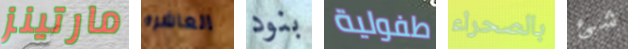
مارتينز العاشره بنود طفولية بالصحراء شئ